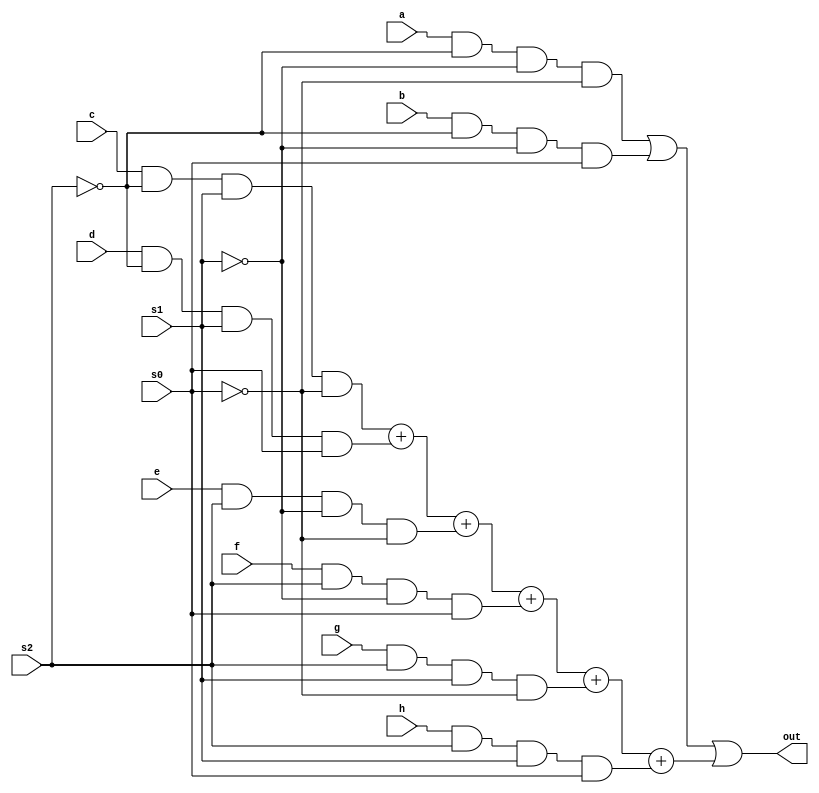
module mux_8(output out, input a, b, c, d, e, f, g, h, s0, s1, s2);
wire s1bar;
wire s0bar;
wire s2bar;
assign s1bar=~s1;
assign s0bar=~s0;
assign s2bar=~s2;
assign out = (a & s2bar & s1bar & s0bar) | (b & s2bar & s1bar & s0) | (c & s2bar & s1 & s0bar) + (d & s2bar & s1 & s0) + (e & s2 & s1bar & s0bar) + (f & s2 & s1bar & s0) + (g & s2 & s1 & s0bar) + (h & s2 & s1 & s0);
endmodule